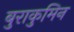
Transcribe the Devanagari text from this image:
बुराकुमिन